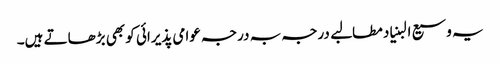
یہ وسیع البنیاد مطالبے درجہ بہ درجہ عوامی پذیرائی کو بھی بڑھاتے ہیں۔